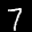
Label: 7